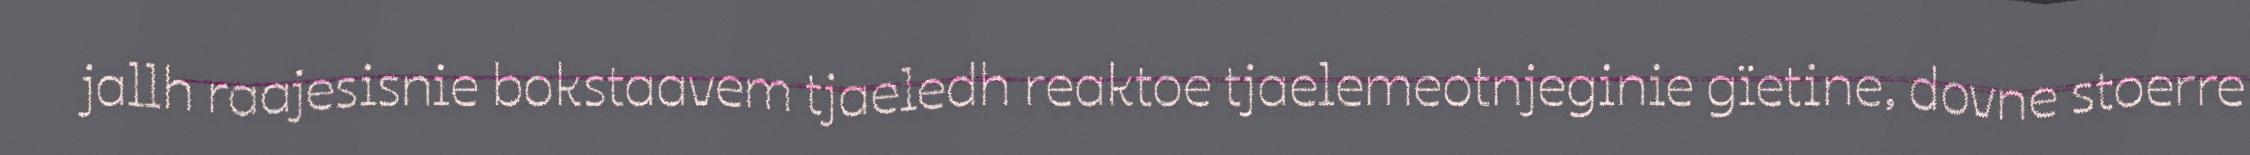
jallh raajesisnie bokstaavem tjaeledh reaktoe tjaelemeotnjeginie gïetine, dovne stoerre